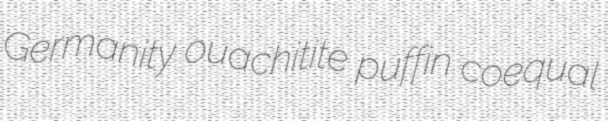
Germanity ouachitite puffin coequal